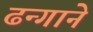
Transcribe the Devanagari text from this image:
ढन्गाने